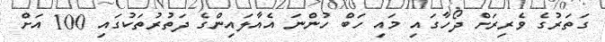
ގަތަރުގެ ވެރިރަށް ދޯހާގައި މައި ހަބް ހުންނަ އެއާލައިންގެ ދަތުރުތަކުގައި 100 އަށް